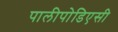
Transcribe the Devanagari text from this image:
पालीपोडिएसी